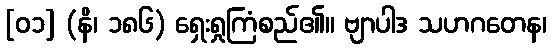
[၀၁] (နိ၊ ၁၈၆) ရှေးရှုကြံစည်၏။ ဗျာပါဒ သဟဂတေန၊